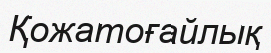
Қожатоғайлық